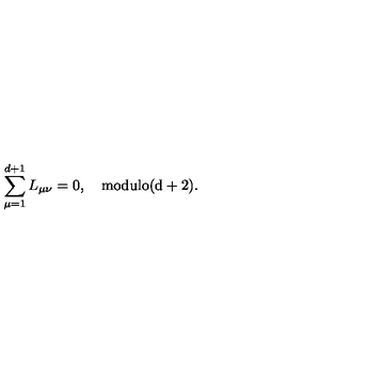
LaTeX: \sum _ { \mu = 1 } ^ { d + 1 } L _ { \mu \nu } = 0 , \quad \mathrm { m o d u l o ( d + 2 ) } .